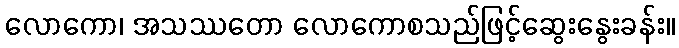
လောကော၊ အသဿတော လောကောစသည်ဖြင့်ဆွေးနွေးခန်း။